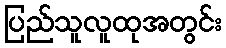
ပြည်သူလူထုအတွင်း